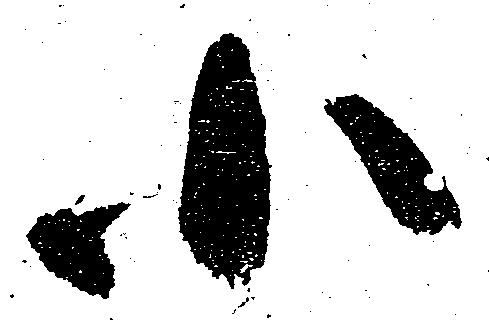
小